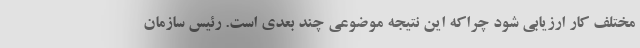
مختلف کار ارزیابی شود چراکه این نتیجه موضوعی چند بعدی است. رئیس سازمان